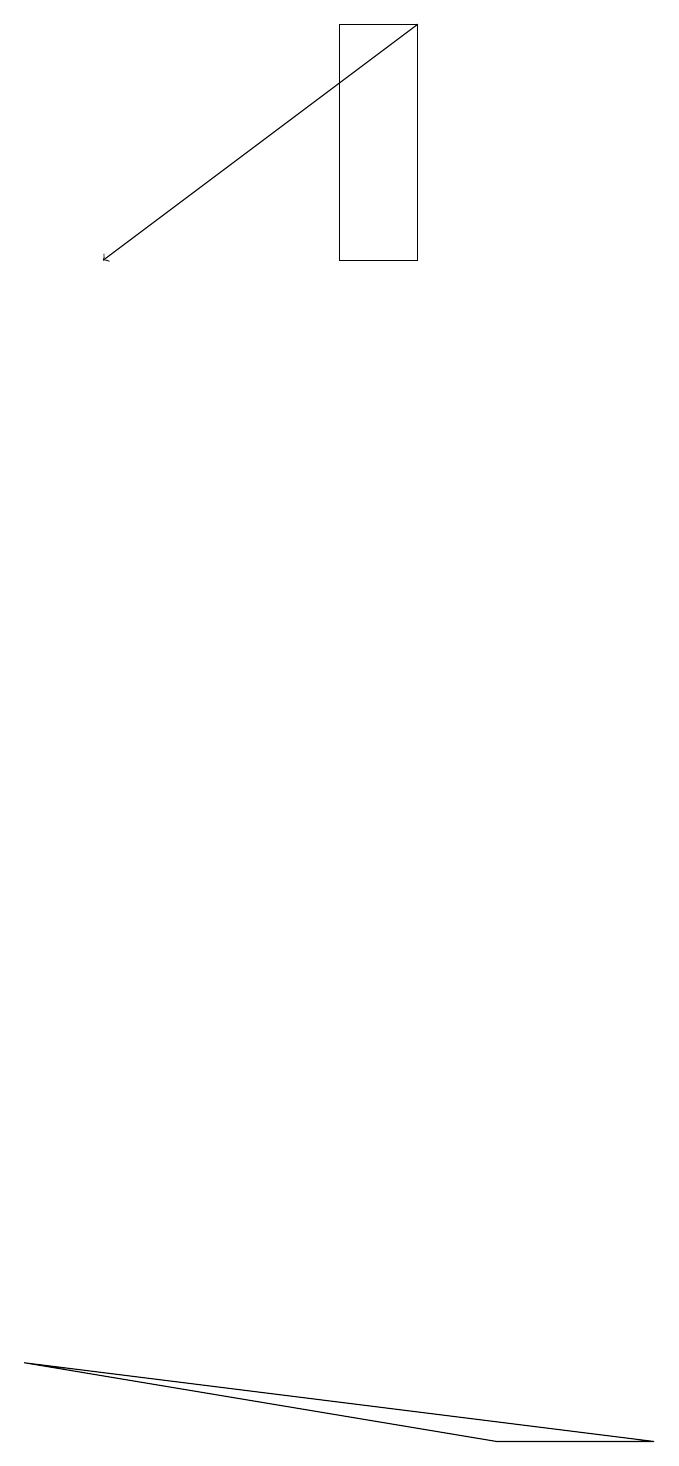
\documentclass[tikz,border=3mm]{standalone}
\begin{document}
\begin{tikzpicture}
\draw (6,0) -- (8,0) -- (0,1) -- cycle;
\draw (5,15) rectangle (4,18);
\draw[->] (5,18) -- (1,15);
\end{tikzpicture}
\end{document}